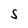
Character: S